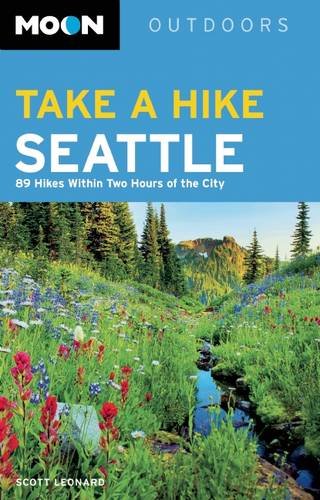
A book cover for Moon Take a Hike Seattle: 75 Hikes within Two Hours of the City (Moon Outdoors); Scott Leonard; Travel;